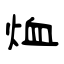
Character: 烅